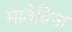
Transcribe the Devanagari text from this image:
मातेविना